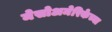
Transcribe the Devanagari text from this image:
मेसोअमेरिकेच्या